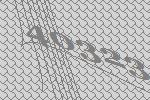
40323